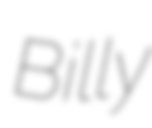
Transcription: Billy